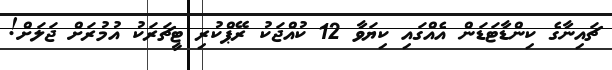
ޗައިނާގެ ކިންޑާޓަޑަން އެއްގައި ކިޔަވާ 12 ކުއްޖަކު ރޭޕްކުރި ޓީޗަރަކު އުމުރަށް ޖަލަށް!